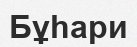
Бұһари